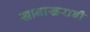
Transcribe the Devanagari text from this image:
खानाखराबी